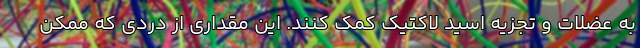
به عضلات و تجزیه اسید لاکتیک کمک کنند. این مقداری از دردی که ممکن